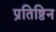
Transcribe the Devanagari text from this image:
प्रतिष्ठिन